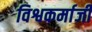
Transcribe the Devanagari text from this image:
विश्वकर्माजी